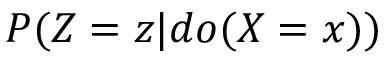
P ( Z = z | d o ( X = x ) )